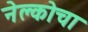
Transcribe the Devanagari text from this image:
नेल्कोचा